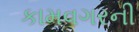
કામવગરની